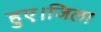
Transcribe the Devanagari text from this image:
हुए।जिला